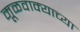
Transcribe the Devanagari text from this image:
मूळवाक्याच्या